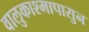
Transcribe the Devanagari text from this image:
वालुकाश्मापासुन